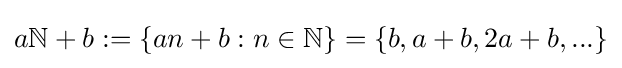
a\mathbb {N} +b:=\{an+b:n\in \mathbb {N} \}=\{b,a+b,2a+b,...\}